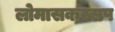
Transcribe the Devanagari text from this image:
लोमासकस्सप